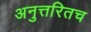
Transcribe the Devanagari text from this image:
अनुत्तरितच